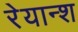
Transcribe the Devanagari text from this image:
रेयान्श